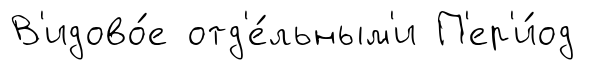
В'идово́е отд'е́льным'и П'ер'и́од